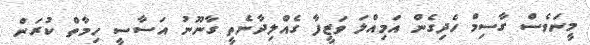
މީނަވެސް ގާސިމް ހެދިގެން އަމިއްލަ ވަޒީފާ ގެއްލިދާނެތީ ގާނޫނު އަސާސީ ހިމާތް ކުރަން